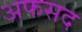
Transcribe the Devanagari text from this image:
अफसद